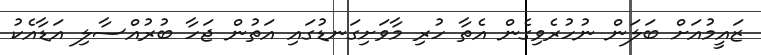
ޒައީމުއަށް ބަލަން ނުހުރެވިގެން އެތާ ހުރި މާވަށިގަނޑުގައި އަތުން ޖަހާ ބުރުއްސާލި އަޑާއެކު